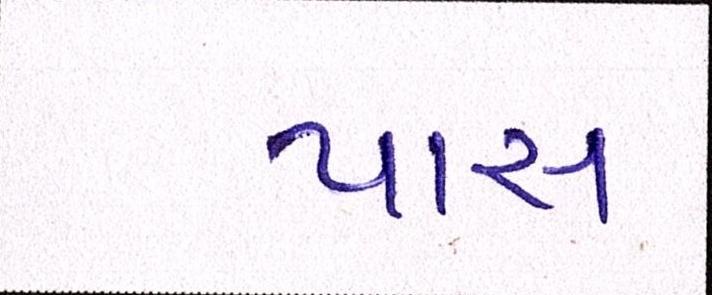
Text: પાસ